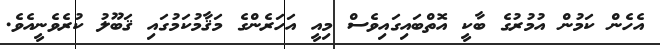
އެހެން ކަމުން އުމުރުގެ ބާކީ އޮތްބައިގައިވެސް މިއީ އަހަރެންގެ މަޤާމުކަމުގައި ޤަބޫލު ކުރެވެނީއެވެ.